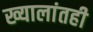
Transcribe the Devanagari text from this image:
ख्यालांतही